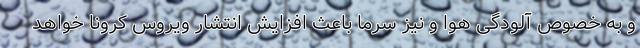
و به خصوص آلودگی هوا و نیز سرما باعث افزایش انتشار ویروس کرونا خواهد